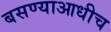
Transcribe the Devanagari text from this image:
बसण्याआधीच